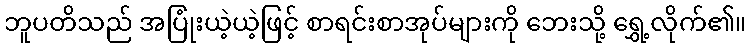
ဘူပတိသည် အပြုံးယဲ့ယဲ့ဖြင့် စာရင်းစာအုပ်များကို ဘေးသို့ ရွှေ့လိုက်၏။